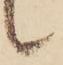
候